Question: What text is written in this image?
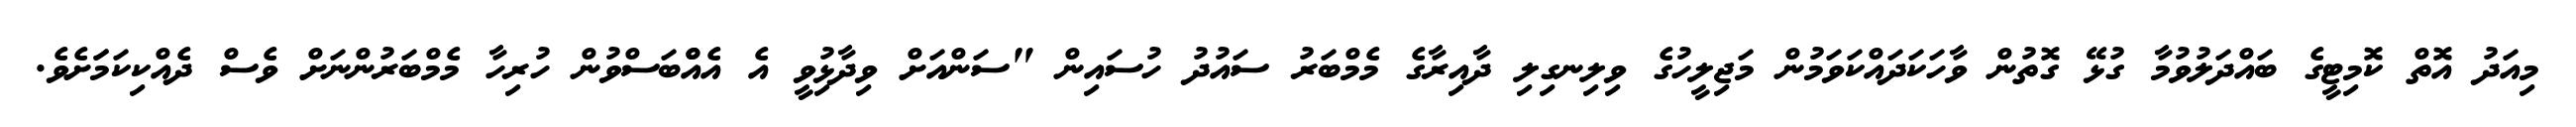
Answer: މިއަދު އޮތް ކޮމިޓީގެ ބައްދަލުވުމާ ގުޅޭ ގޮތުން ވާހަކަދައްކަވަމުން މަޖިލީހުގެ ވިލިނގިލި ދާއިރާގެ މެމްބަރު ސައުދު ހުސައިން "ސަންއަށް ވިދާޅިުވީ އެ އެއްްބަސްވުން ހުރިހާ މެމްބަރުންނަށް ވެސް ދެއްކިކަމަަށެވެ.